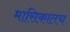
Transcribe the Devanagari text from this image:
मासिकातच